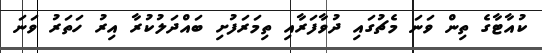
ކުއާޓާގެ ތިން ވަނަ މެޗުގައި ދުވާފަރާއި ތިމަރަފުށި ބައްދަލުކުރާ އިރު ހަތަރު ވަނަ